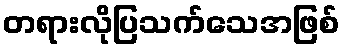
တရားလိုပြသက်သေအဖြစ်